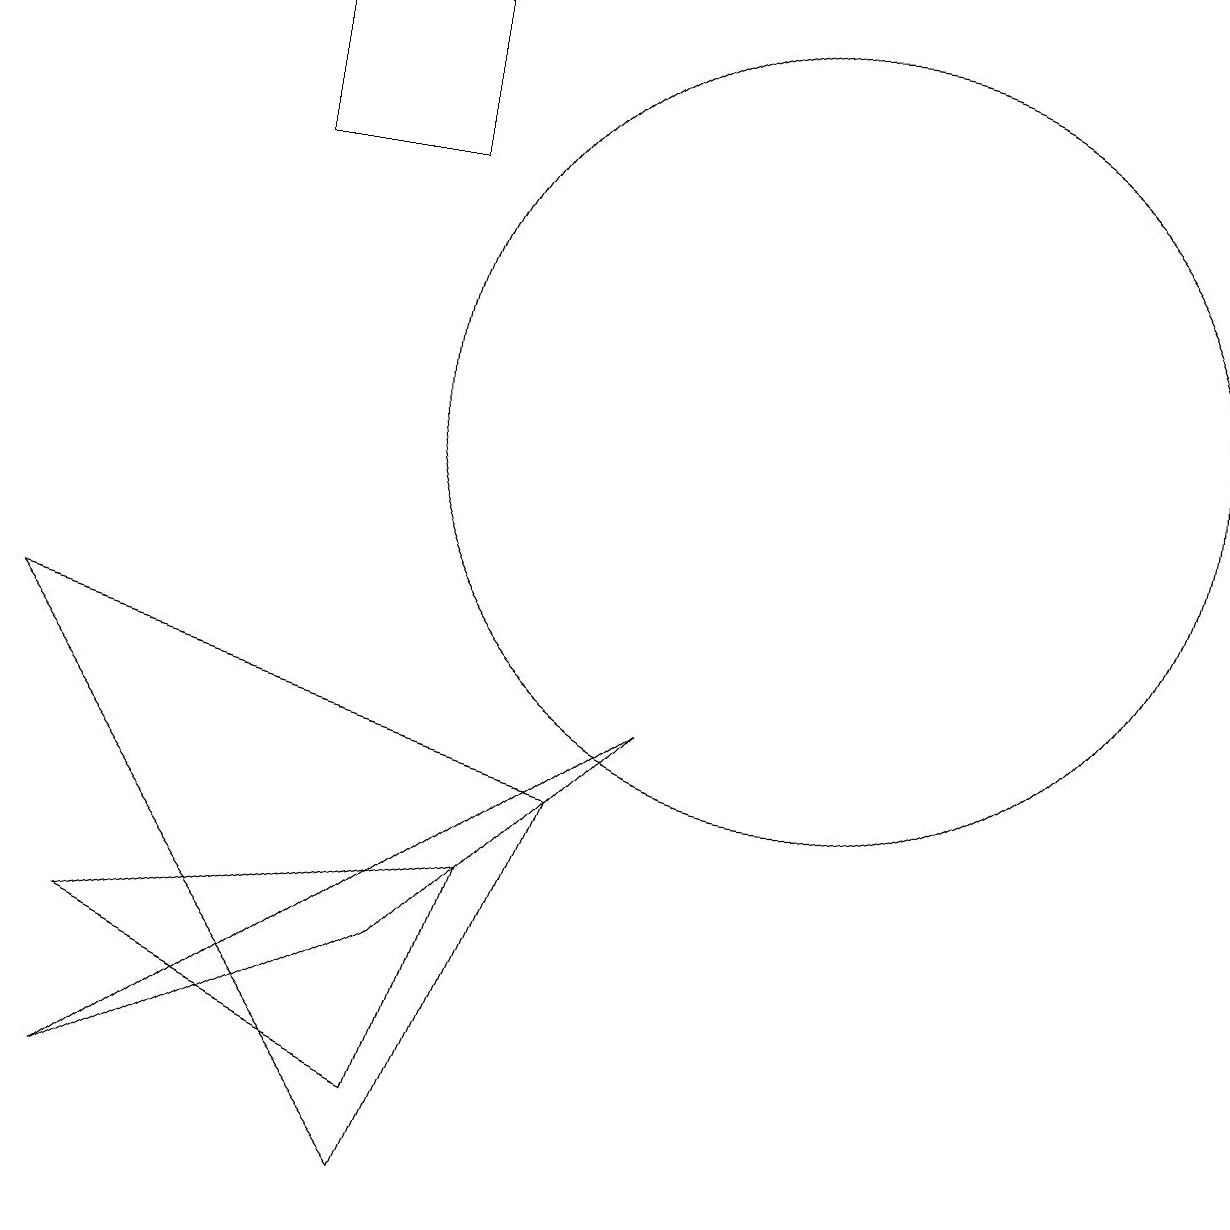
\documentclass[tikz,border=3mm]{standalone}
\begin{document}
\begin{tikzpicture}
\draw (11,10) circle (5);
\draw (6,15) rectangle (4,13);
\draw (6,3) -- (2,1) -- (9,6) -- cycle;
\draw (1,7) -- (6,0) -- (8,5) -- cycle;
\draw (2,3) -- (6,1) -- (7,4) -- cycle;
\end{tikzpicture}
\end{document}